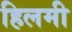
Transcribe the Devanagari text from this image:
हिलमी